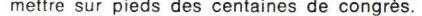
mettre sur pieds des centaines de congrès.